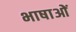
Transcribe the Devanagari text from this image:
भाषाओें